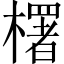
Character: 𣞍